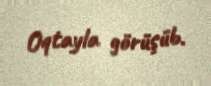
Oqtayla görüşüb.